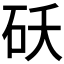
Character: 𬒁